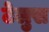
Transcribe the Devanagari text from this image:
टेलुस